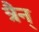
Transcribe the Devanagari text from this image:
त्रैन्